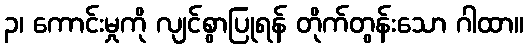
၃၊ ကောင်းမှုကို လျင်စွာပြုရန် တိုက်တွန်းသော ဂါထာ။